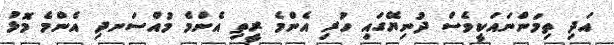
އަދި ތިމަންނައަކީވެސް ދުނިޔޭގައި ހުރި އެންމެ ރީތި އެންމެ މުއްސަނދި އެންމެ މޮޅު